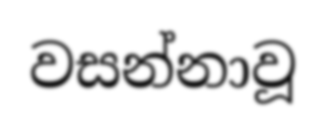
වසන්නාවූ